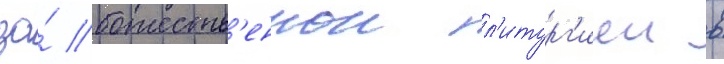
за́ божеств'еннои л'итург'иеи в